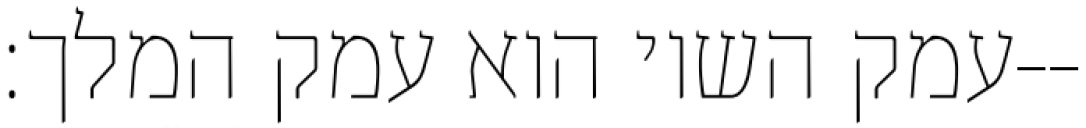
עמק השוי הוא עמק המלך׃--